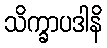
သိက္ခာပဒါနိ